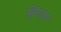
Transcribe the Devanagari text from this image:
हिराता